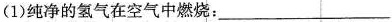
(1)纯净的氢气在空气中燃烧：___